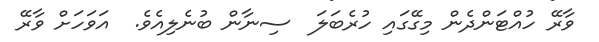
ވާރޭ ހުއްޓަންދެން މިގޭގައި ހުރެބަލަ  ސިނާން ބުނެލިއެވެ.  އަވަހަށް ވާރޭ